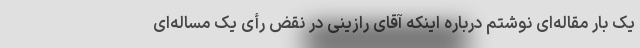
یک بار مقاله‌ای نوشتم درباره اینکه آقای رازینی در نقض رأی یک مساله‌ای